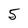
Character: 5